Indian journal of veterinary science and animal husbandry - Volumes 22-23, 1952-1953
Year: 1952
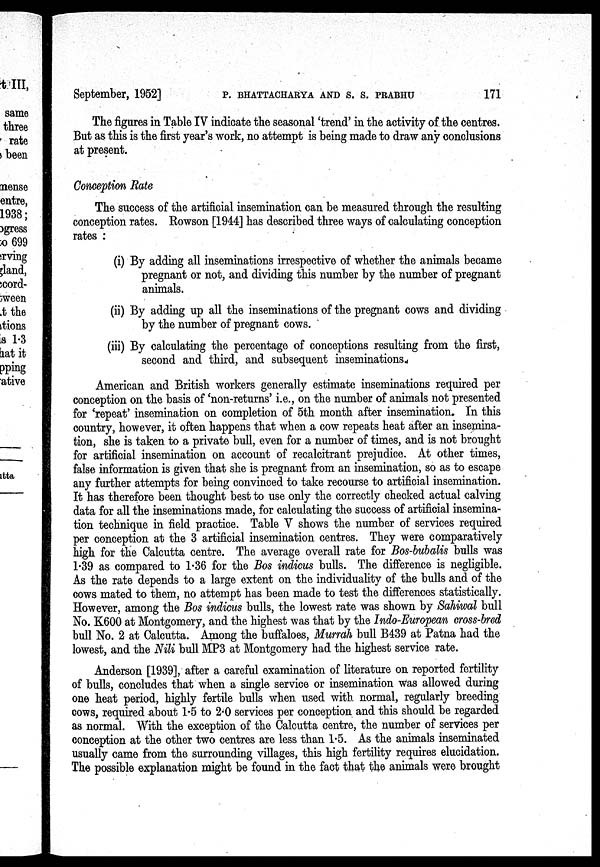
September, 1952] P. BHATTACHARYA AND S. S. PRABHU 171
The figures in Table IV indicate the seasonal 'trend' in the activity of the centres.
But as this is the first year's work, no attempt is being made to draw any conclusions
at present.
Conception Rate
The success of the artificial insemination can be measured through the resulting
conception rates. Rowson [1944] has described three ways of calculating conception
rates :
(i) By adding all inseminations irrespective of whether the animals became
pregnant or not, and dividing this number by the number of pregnant
animals.
(ii) By adding up all the inseminations of the pregnant cows and dividing
by the number of pregnant cows.
(iii) By calculating the percentage of conceptions resulting from the first,
second and third, and subsequent inseminations.
American and British workers generally estimate inseminations required per
conception on the basis of 'non-returns' i.e., on the number of animals not presented
for 'repeat' insemination on completion of 5th month after insemination. In this
country, however, it often happens that when a cow repeats heat after an insemina-
tion, she is taken to a private bull, even for a number of times, and is not brought
for artificial insemination on account of recalcitrant prejudice. At other times,
false information is given that she is pregnant from an insemination, so as to escape
any further attempts for being convinced to take recourse to artificial insemination.
It has therefore been thought best to use only the correctly checked actual calving
data for all the inseminations made, for calculating the success of artificial insemina-
tion technique in field practice. Table V shows the number of services required
per conception at the 3 artificial insemination centres. They were comparatively
high for the Calcutta centre. The average overall rate for Bos-bubalis bulls was
1.39 as compared to 1.36 for the Bos indicus bulls. The difference is negligible.
As the rate depends to a large extent on the individuality of the bulls and of the
cows mated to them, no attempt has been made to test the differences statistically.
However, among the Bos indicus bulls, the lowest rate was shown by Sahiwal bull
No. K600 at Montgomery, and the highest was that by the Indo-European cross-bred
bull No. 2 at Calcutta. Among the buffaloes, Murrah bull B439 at Patna had the
lowest, and the Nili bull MP3 at Montgomery had the highest service rate.
Anderson [1939], after a careful examination of literature on reported fertility
of bulls, concludes that when a single service or insemination was allowed during
one heat period, highly fertile bulls when used with normal, regularly breeding
cows, required about 1.5 to 2.0 services per conception and this should be regarded
as normal. With the exception of the Calcutta centre, the number of services per
conception at the other two centres are less than 1.5. As the animals inseminated
usually came from the surrounding villages, this high fertility requires elucidation.
The possible explanation might be found in the fact that the animals were brought